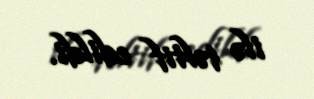
ilə təltif edildi.